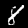
Digit: 8